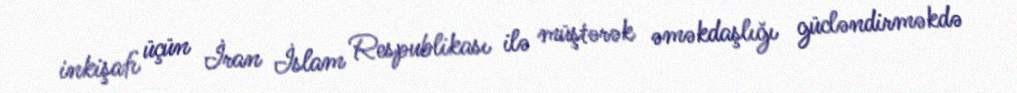
inkişafı üçün İran İslam Respublikası ilə müştərək əməkdaşlığı gücləndirməkdə